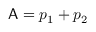
\mathsf { A } = p _ { 1 } + p _ { 2 }